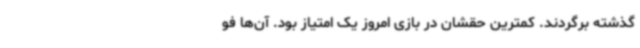
گذشته برگردند. کمترین حقشان در بازی امروز یک امتیاز بود. آن‌ها فو